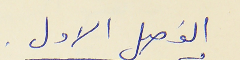
الفصل الاول